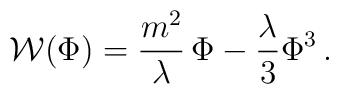
{\cal W}(\Phi) = \frac{m^2}{\lambda} \,\Phi - \frac{\lambda}{3} \Phi^3\, .